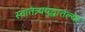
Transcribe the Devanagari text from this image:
स्वातंत्र्ययुद्धातल्या